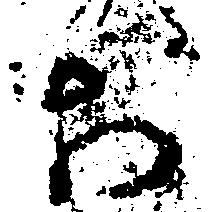
於